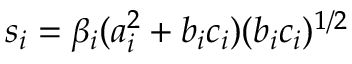
s _ { i } = \beta _ { i } ( a _ { i } ^ { 2 } + b _ { i } c _ { i } ) ( b _ { i } c _ { i } ) ^ { 1 / 2 }